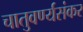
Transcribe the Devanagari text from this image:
चातुवर्ण्यसंकर